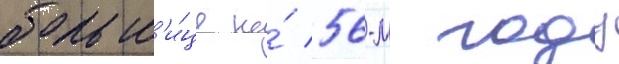
больн'и́це на́ 56-м году